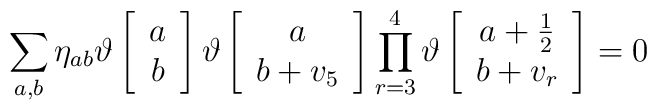
\sum_{a,b}\eta_{ab}\vartheta  \left[  \begin{array}{c} a   \\ b  \end{array}\right ]\vartheta \left[\begin{array}{c} a \\ b+v_5 \end{array}\right] \prod_{r=3}^{4}\vartheta \left[ \begin{array}{c} a+  \frac{1}{2} \\ b+v_r \end{array}\right] = 0